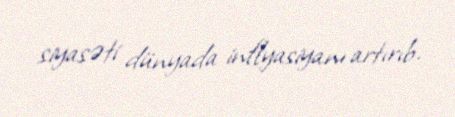
siyasəti dünyada inflyasiyanı artırıb.